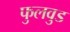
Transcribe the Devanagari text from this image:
फुलवुड